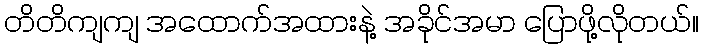
တိတိကျကျ အထောက်အထားနဲ့ အခိုင်အမာ ပြောဖို့လိုတယ်။